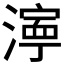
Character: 𬈿